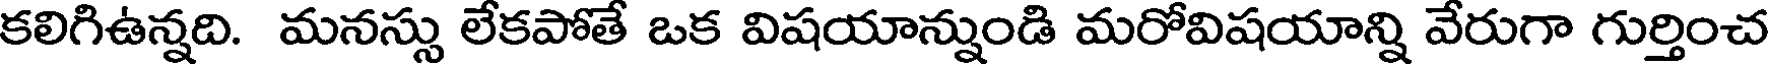
కలిగిఉన్నది. మనస్సు లేకపోతే ఒక విషయాన్నుండి మరోవిషయాన్ని వేరుగా గుర్తించ